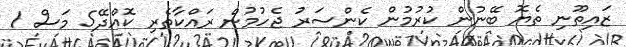
ޒައިތޫނި ތެޔޮ ބޭނުން ކުރުމުން ކެންސަރު ޖެހުމުން ރައްކާތެރި ކޮއްދޭ5 މަސް 1